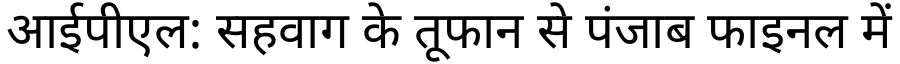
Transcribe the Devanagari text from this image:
आईपीएल: सहवाग के तूफान से पंजाब फाइनल में